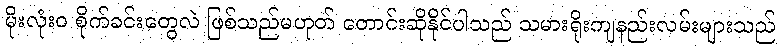
မိုးလုံး၀ စိုက်ခင်းတွေလဲ ဖြစ်သည်မဟုတ် တောင်းဆိုနိုင်ပါသည် သမားရိုးကျနည်းလမ်းများသည်